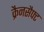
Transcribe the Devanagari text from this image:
क्रैनसैफ्ट